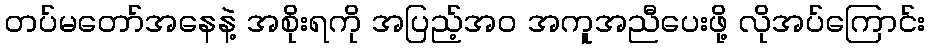
တပ်မတော်အနေနဲ့ အစိုးရကို အပြည့်အ၀ အကူအညီပေးဖို့ လိုအပ်ကြောင်း